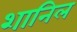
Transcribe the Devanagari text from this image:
शानिल